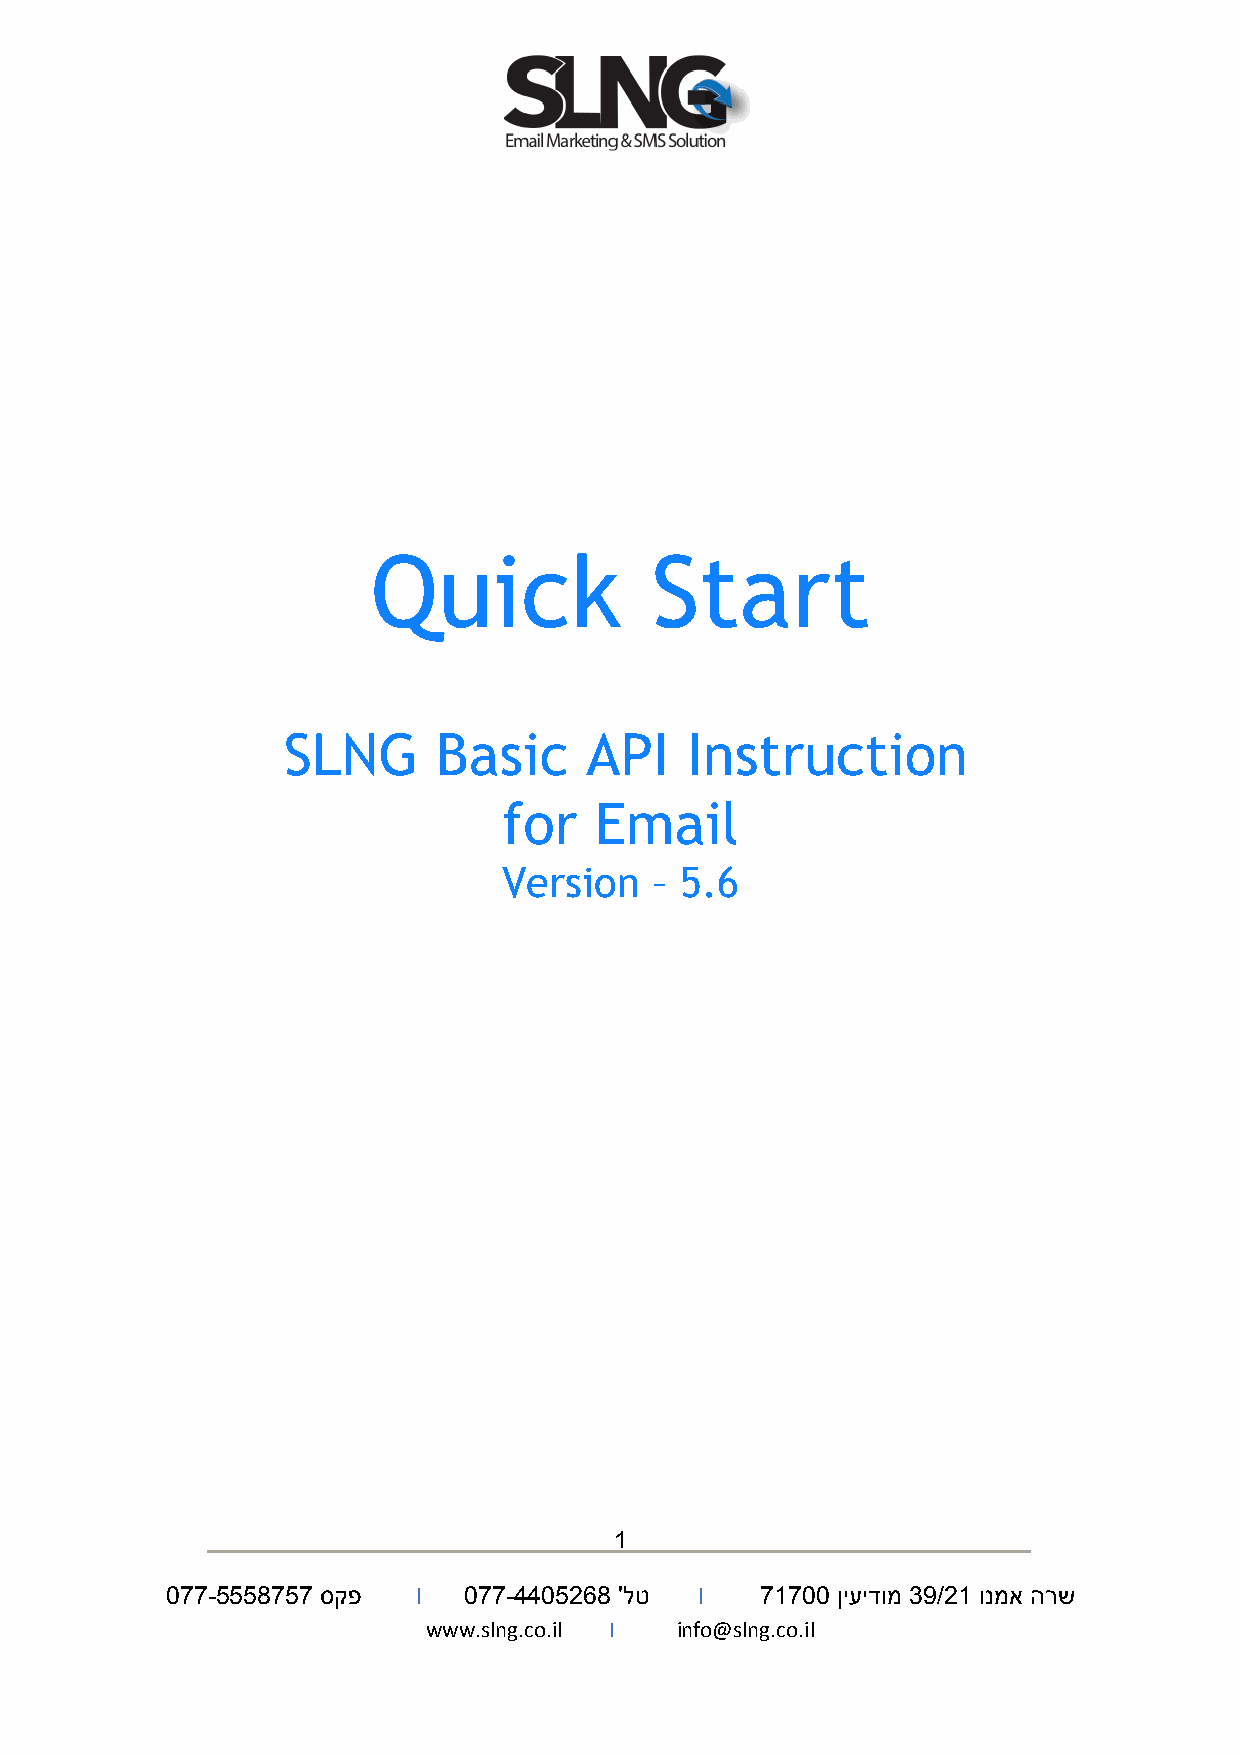
Quick             Start
 SLNG      Basic     API   Instruction
 for   Email
 Version   – 5.6
 1
 077-5558757 סקפ  I  077-4405268 'לט I  71700 ןיעידומ 39/21 ונמא הרש
 www.slng.co.il I info@slng.co.il